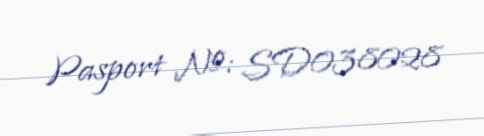
Pasport №: SD038028